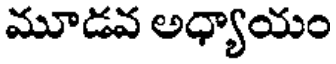
మూడవ అధ్యాయం